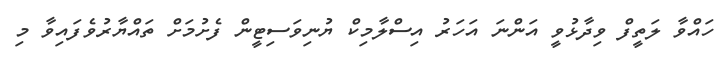
ހައްވާ ލަތީފް ވިދާޅުވީ އަންނަ އަހަރު އިސްލާމިކް ޔުނިވަސިޓީން ފެށުމަށް ތައްޔާރުވެފައިވާ މި